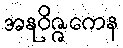
အနုဝိဇ္ဇကေန